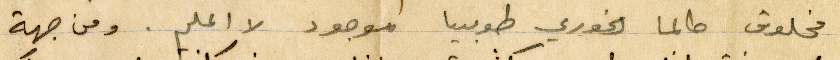
مخلوق طالما الخوري طوبيا موجود لا اعلم. ومن جهة